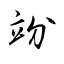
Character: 竕